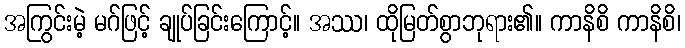
အကြွင်းမဲ့ မဂ်ဖြင့် ချုပ်ခြင်းကြောင့်။ အဿ၊ ထိုမြတ်စွာဘုရား၏။ ကာနိစိ ကာနိစိ၊